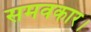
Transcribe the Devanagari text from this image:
समवकार।